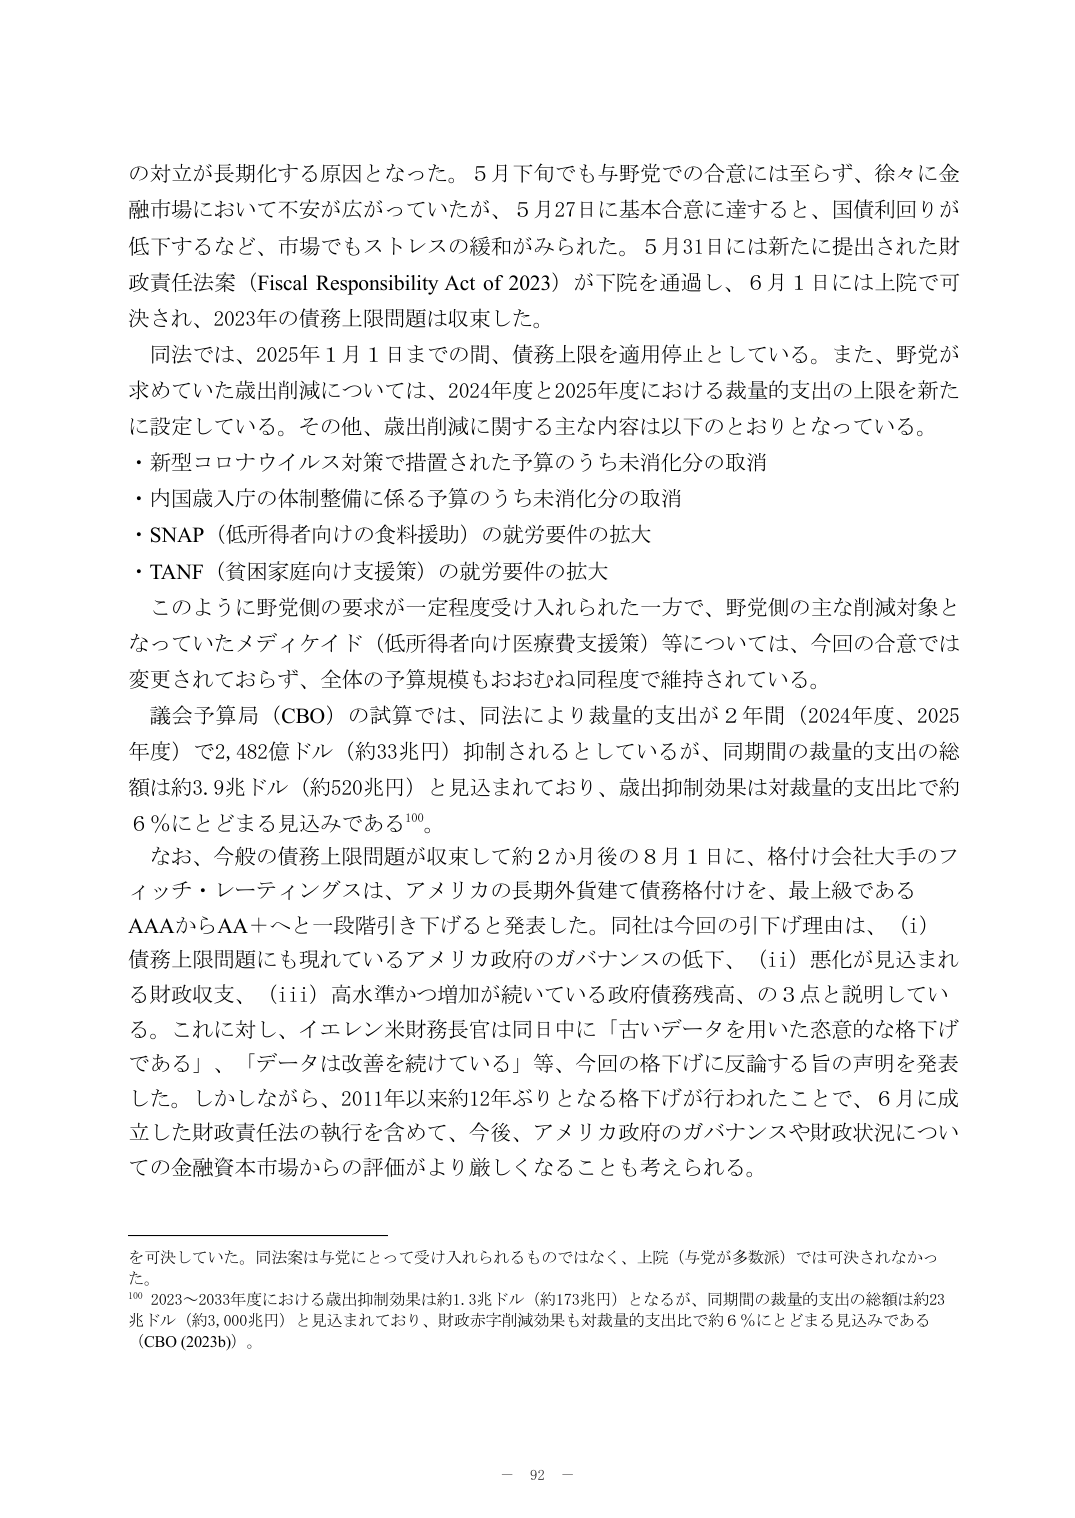
の対立が長期化する原因となった。5月下旬でも与野党での合意には至らず、徐々に金融市場において不安が広がっていたが、5月27日に基本合意に達すると、国債利回りが低下するなど、市場でもストレスの緩和がみられた。5月31日には新たに提出された財政責任法案（Fiscal Responsibility Act of 2023）が下院を通過し、6月1日には上院で可決され、2023年の債務上限問題は収束した。

同法では、2025年1月1日までの間、債務上限を適用停止としている。また、野党が求めていた歳出削減については、2024年度と2025年度における裁量的支出の上限を新たに設定している。その他、歳出削減に関する主な内容は以下のとおりとなっている。

・新型コロナウイルス対策で措置された予算のうち未消化分の取消
・内国歳入庁の体制整備に係る予算のうち未消化分の取消
・SNAP（低所得者向けの食料援助）の就労要件の拡大
・TANF（貧困家庭向け支援策）の就労要件の拡大

このように野党側の要求が一定程度受け入れられた一方で、野党側の主な削減対象となっていたメディケイド（低所得者向け医療費支援策）等については、今回の合意では変更されておらず、全体の予算規模もおおむね同程度で維持されている。

議会予算局（CBO）の試算では、同法により裁量的支出が2年間（2024年度、2025年度）で2,482億ドル（約33兆円）抑制されるとしているが、同期間の裁量的支出の総額は約3.9兆ドル（約520兆円）と見込まれており、歳出抑制効果は対裁量的支出比で約6％にとどまる見込みである¹⁰⁰。

なお、今般の債務上限問題が収束して約2か月後の8月1日に、格付け会社大手のフィッチ・レーティングスは、アメリカの長期外貨建て債務格付けを、最上級であるAAAからAA＋へと一段階引き下げると言表した。同社は今回の引下げ理由は、（i）債務上限問題にも現れているアメリカ政府のガバナンスの低下、（ii）悪化が見込まれる財政収支、（iii）高水準かつ増加が続いている政府債務残高、の3点と説明している。これに対し、イエレン米財務長官は同日中に「古いデータを用いた恣意的な格下げである」、「データは改善を続けている」等、今回の格下げに反論する旨の声明を発表した。しかしながら、2011年以来約12年ぶりとなる格下げが行われたことで、6月に成立した財政責任法の執行を含めて、今後、アメリカ政府のガバナンスや財政状況についての金融資本市場からの評価がより厳しくなることも考えられる。

を可決していた。同法案は与党にとって受け入れられるものではなく、上院（与党が多数派）では可決されなかった。

¹⁰⁰ 2023～2033年度における歳出抑制効果は約1.3兆ドル（約173兆円）となるが、同期間の裁量的支出の総額は約23兆ドル（約3,000兆円）と見込まれており、財政赤字削減効果も対裁量的支出比で約6％にとどまる見込みである（CBO (2023b)）。

－ 92 －